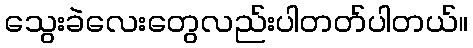
သွေးခဲလေးတွေလည်းပါတတ်ပါတယ်။